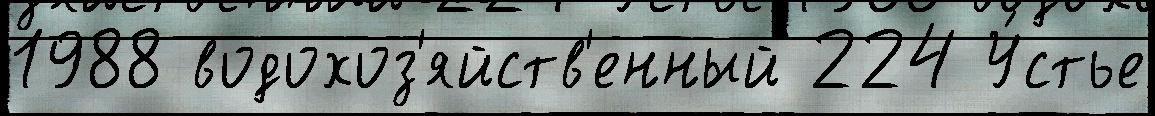
1988 водохоз'яйств'енный 224 У́стье